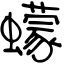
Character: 蠓